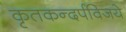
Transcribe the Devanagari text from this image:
कृतकन्दर्पविजये